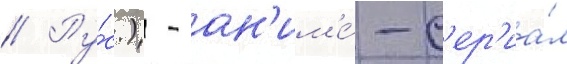
// Ру́с.) - ан'им'е́-с'ер'иа́л